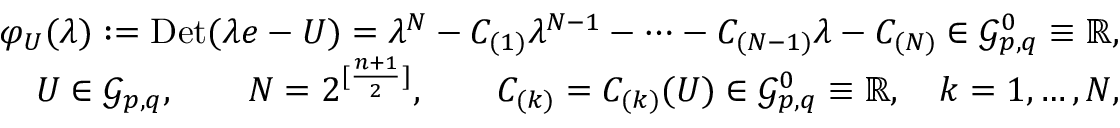
\begin{array} { r l r } & { } & { \varphi _ { U } ( \lambda ) : = \mathrm { D e t } ( \lambda e - U ) = \lambda ^ { N } - C _ { ( 1 ) } \lambda ^ { N - 1 } - \cdots - C _ { ( N - 1 ) } \lambda - C _ { ( N ) } \in \mathcal { G } _ { p , q } ^ { 0 } \equiv \mathbb { R } , } \\ & { } & { U \in \mathcal { G } _ { p , q } , \qquad N = 2 ^ { [ \frac { n + 1 } { 2 } ] } , \qquad C _ { ( k ) } = C _ { ( k ) } ( U ) \in \mathcal { G } _ { p , q } ^ { 0 } \equiv \mathbb { R } , \quad k = 1 , \ldots , N , } \end{array}